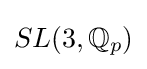
SL(3,\mathbb {Q} _{p})